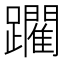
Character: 躙